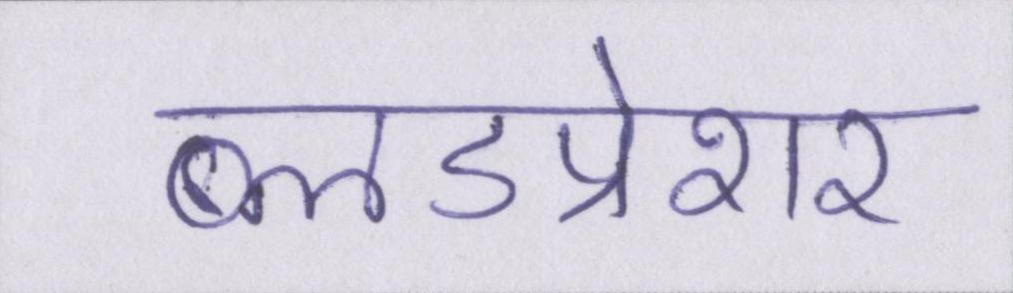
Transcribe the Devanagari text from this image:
ब्लडप्रेशर